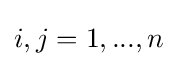
i,j=1,...,n